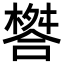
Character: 𣛋